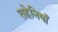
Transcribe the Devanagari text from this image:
तहेनियाँ